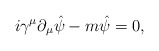
\begin{align*} i\gamma^\mu \partial_\mu \hat{\psi} -m {\hat{\psi}}=0,\end{align*}